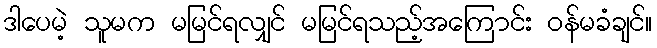
ဒါပေမဲ့ သူမက မမြင်ရလျှင် မမြင်ရသည့်အကြောင်း ဝန်မခံချင်။